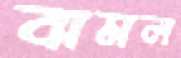
বামল